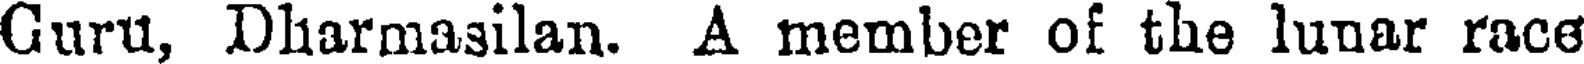
Guru, Dharmasilan. A member of the lunar race